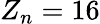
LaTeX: Z_{n}=16